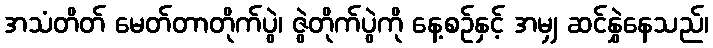
အသံတိတ် မေတ်တာတိုက်ပွဲ၊ ဇွဲတိုက်ပွဲကို နေ့စဉ်နှင့် အမျှ ဆင်နွှဲနေသည်၊